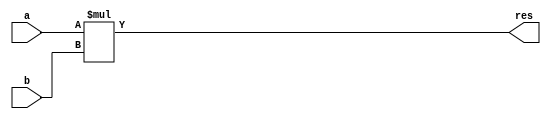
module mult(a,b,res);
  input [1:0]a;
 input [1:0] b;
  output [3:0] res;
assign res = a*b; 
  
endmodule